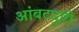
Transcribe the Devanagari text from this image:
आंबटदृष्टी